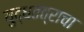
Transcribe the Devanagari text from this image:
युद्धतंत्राचा